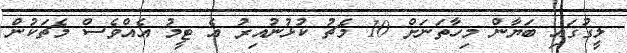
ލީގުގައި ބަޔާން މިހާތަނަށް 10 މެޗު ކުޅުނުއިރު އެ ޓީމު އެއްވެސް މެޗަކުން